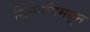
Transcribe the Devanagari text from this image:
सिनेगॉगमधून